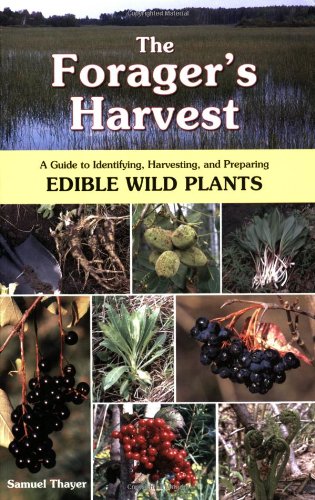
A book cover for The Forager's Harvest: A Guide to Identifying, Harvesting, and Preparing Edible Wild Plants; Samuel Thayer; Cookbooks, Food & Wine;